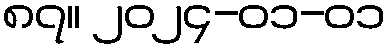
၈၇။ ၂၀၂၄-၀၁-၀၁